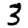
Digit: 3